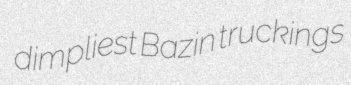
dimpliest Bazin truckings